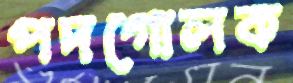
পদগোলক